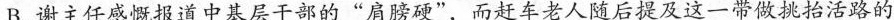
B.谢主任感慨报道中基层干部的“肩膀硬”，而赶车老人随后提及这一带做挑抬活路的